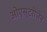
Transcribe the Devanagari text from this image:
ओएस्टरोजेन